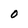
Character: O